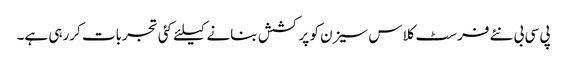
پی سی بی نئے فرسٹ کلاس سیزن کو پرکشش بنانے کیلئے کئی تجربات کررہی ہے۔